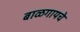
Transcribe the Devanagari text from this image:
बाळगायचे